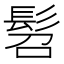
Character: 髫